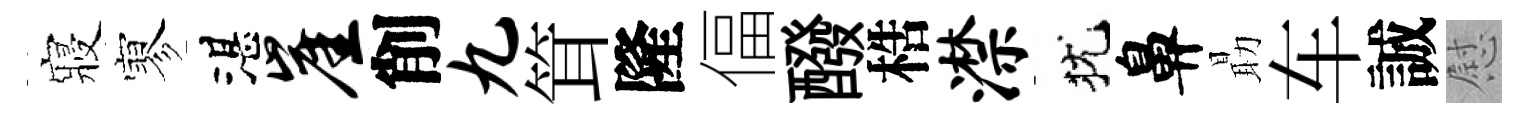
寢寥湛崖削九䇯隆偪醱梏潸犹鼻朂车誠慰